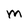
Character: m